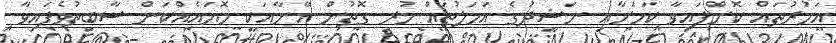
އަމުރުތައް ކޮށްފައިވާ ކަމަށާއި ނަޝީދުގެ އަމަލުތައް ހުރި ގޮތުން އޭނާއަކީ މޮޔައެއްކަން ސާބިތުވެފައިވާ